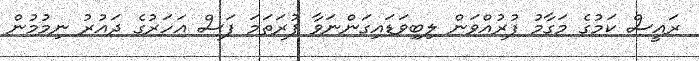
ރައީސް ކަމުގެ މަގާމު ފުރުއްވަން ލިބިވަޑައިގަންނަވާ ފުރަތަމަ ފަސް އަހަރުގެ ދައުުރު ނިމުމުން